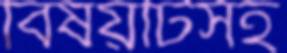
বিষয়টিসহ